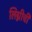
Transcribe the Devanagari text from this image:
लिग्नीची